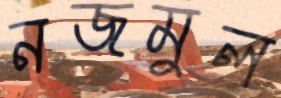
নজমুল